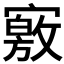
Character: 𡫀